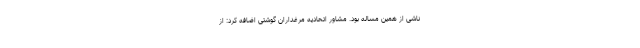
ناشی از همین مساله بود. مشاور اتحادیه مرغداران گوشتی اضافه کرد: از